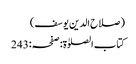
(صلاح الدین یوسف)
کتاب الصلوٰۃ:صفحہ:243